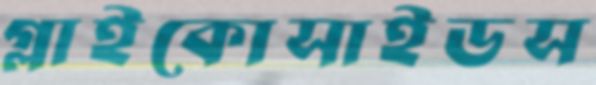
গ্লাইকোসাইডস